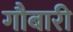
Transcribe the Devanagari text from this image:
गौबारी